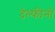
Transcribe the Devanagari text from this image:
देल्फीनो